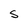
Character: S